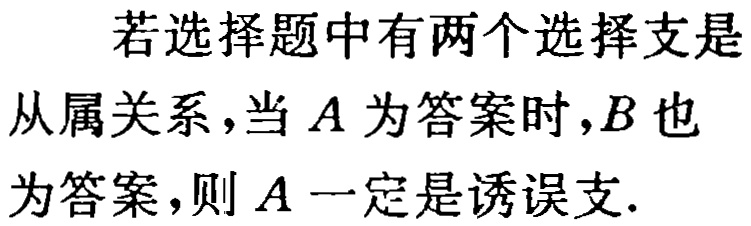
若选择题中有两个选择支是从属关系，当\(A\)为答案时，\(B\)也为答案，则\(A\)一定是诱误支.